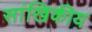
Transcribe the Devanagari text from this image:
सांखिकीय